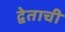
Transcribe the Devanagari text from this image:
द्वेताची